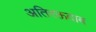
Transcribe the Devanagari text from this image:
अतिरक्तदाब